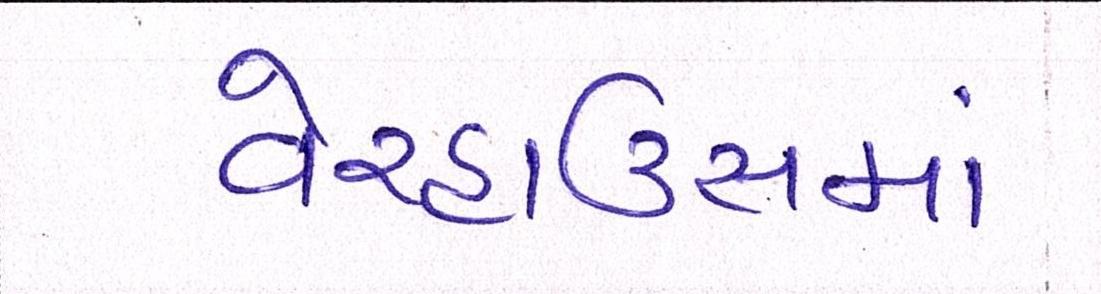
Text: વેરહાઉસમાં